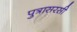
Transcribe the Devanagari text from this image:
पुत्रासरसी